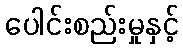
ပေါင်းစည်းမှုနှင့်